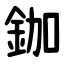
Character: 鉫